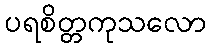
ပရစိတ္တကုသလော